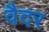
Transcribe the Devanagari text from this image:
वैदर